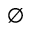
\emptyset